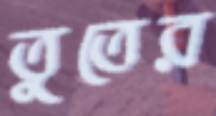
তুতের